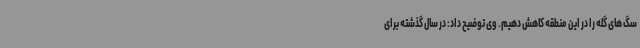
سگ های گله را در این منطقه کاهش دهیم. وی توضیح داد: در سال گذشته برای